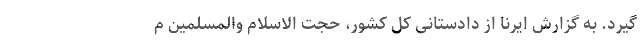
گیرد. به گزارش ایرنا از دادستانی کل کشور، حجت الاسلام والمسلمین م